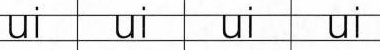
ui ui ui ui